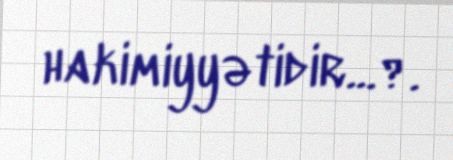
hakimiyyətidir...?.